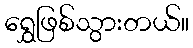
ရွှေဖြစ်သွားတယ်။